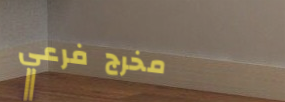
مخرج فرعي